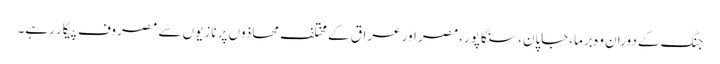
جنگ کے دوران وہ برما،جاپان،سنگاپور،مصر اور عراق کے مختلف محاذوں پر نازیوں سے مصروف پیکار رہے۔